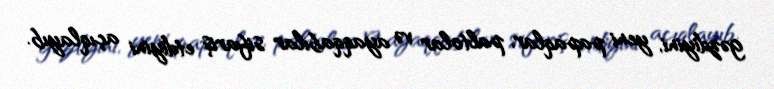
gəzdiyini, yeni papaqlar, paltolar və ayaqqabılar sifariş etdiyini açıqlayıb.